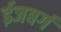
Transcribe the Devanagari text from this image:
ईजबर्ग